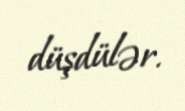
düşdülər.